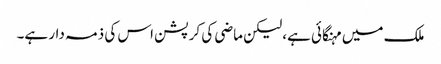
ملک میں مہنگائی ہے، لیکن ماضی کی کرپشن اس کی ذمہ دار ہے۔